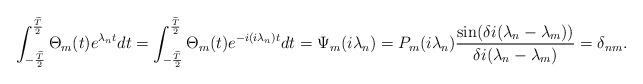
\begin{align*} \int_{-\frac{\widetilde{T}}{2}}^{\frac{\widetilde{T}}{2}}\Theta_m(t)e^{\lambda_n t}dt&=\int_{-\frac{\widetilde{T}}{2}}^{\frac{\widetilde{T}}{2}}\Theta_m(t)e^{-i(i\lambda_n) t}dt=\Psi_m(i\lambda_n) =P_m(i\lambda_n)\frac{\sin(\delta i(\lambda_n-\lambda_m))}{\delta i(\lambda_n-\lambda_m)}=\delta_{nm}.\end{align*}